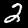
Label: 2